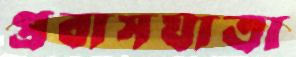
প্রবাসযাত্রা